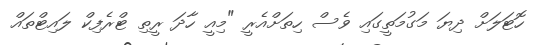
ހޮޓަލަށް ދިިޔަ މަގުމަތީގައި ވެސް ހިތަށްއެރީ "މިއީ ހާދަ ރީތި ޓްރެފިކް ލައިޓްތައް